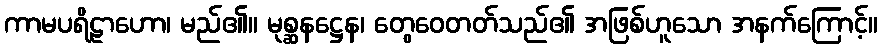
ကာမပရိဠာဟော၊ မည်၏။ မုစ္ဆနဋ္ဌေန၊ တွေဝေတတ်သည်၏ အဖြစ်ဟူသော အနက်ကြောင့်။